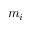
m _ { i }